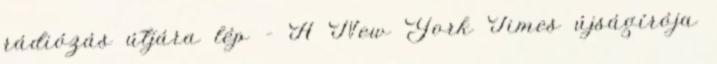
rádiózás útjára lép – A New York Times újságírója